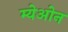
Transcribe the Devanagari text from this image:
म्येओन